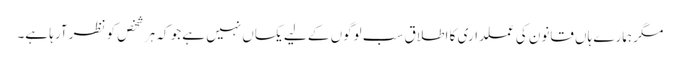
مگر ہمارے ہاں قانون کی عملداری کا اطلاق سب لوگوں کے لیے یکساں نہیں ہے جو کہ ہر شخص کو نظر آرہا ہے۔